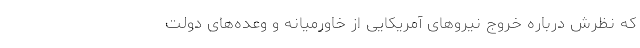
که نظرش درباره خروج نیروهای آمریکایی از خاورمیانه و وعده‌های دولت